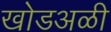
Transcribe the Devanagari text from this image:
खोडअळी